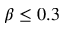
\beta \leq 0 . 3